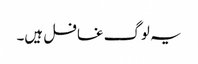
یہ لوگ غافل ہیں۔